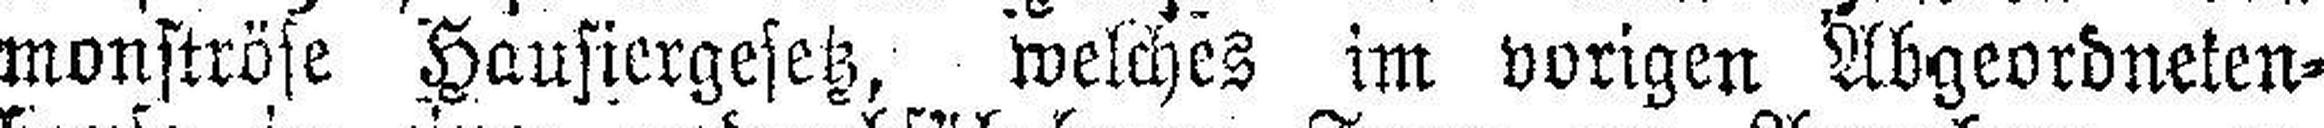
monströse Hausiergesetz, welches im vorigen Abgeordneten¬